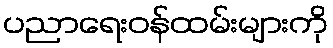
ပညာရေးဝန်ထမ်းများကို